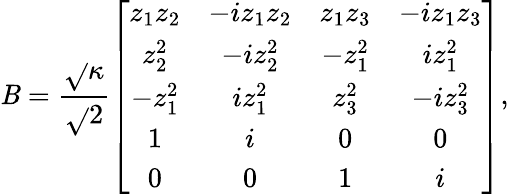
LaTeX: \mathit{B}=\frac{{\sqrt{}{{\kappa}}}}{{\sqrt{}{{2}}}}\left[\begin{array}{cccc}{z_{1}z_{2}}&{-iz_{1}z_{2}}&{z_{1}z_{3}}&{-iz_{1}z_{3}}\\ {z_{2}^{2}}&{-iz_{2}^{2}}&{-z_{1}^{2}}&{iz_{1}^{2}}\\ {-z_{1}^{2}}&{iz_{1}^{2}}&{z_{3}^{2}}&{-iz_{3}^{2}}\\ {1}&{i}&{0}&{0}\\ {0}&{0}&{1}&{i}\end{array}\right],